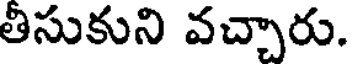
తీసుకుని వచ్చారు.